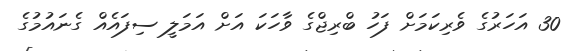
30 އަހަރުގެ ވެރިކަމަށް ފަހު ބްރިޖްގެ ވާހަކަ އަށް އަމަލީ ސިފައެއް ގެނައުމުގެ